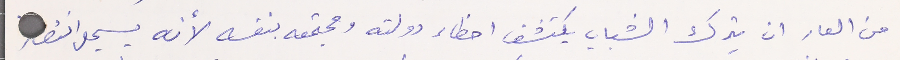
من العار ان يترك الشباب يكتشف اخطاء دولته ومجتمعه بنفسه لأنه يسجل انتصار